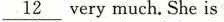
\underline{12}very much.She is